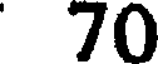
70